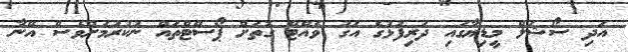
އަދި ސޯޝަލް މީޑިޔާގައި ދަރިފުޅުގެ އަގު ވެއްޓޭ ގޮތަށް ޕޯސްޓްތައް ނުކުރުމަށްވެސް އޭނާ